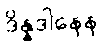
ဒိန္နဒါနေန